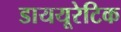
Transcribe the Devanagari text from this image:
डाययूरेटिक